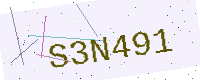
Text: S3N491